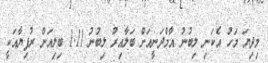
މިދިޔަ މަހު އެކަނި ލިބުނު އާމްދަނީއަށް ބަލާއިރު ލިބުނު 1.11 ބިލިއަން ރުފިޔާއަކީ